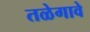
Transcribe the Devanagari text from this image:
तळेगावे